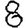
Digit: 8